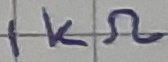
Text: 1KΩ